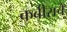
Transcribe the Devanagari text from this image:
कबीराचे